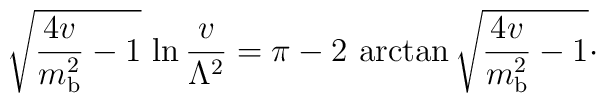
\sqrt{{4v\over m_{\rm b}^{2}} -1}\, \ln {v\over\Lambda^{2}} =\pi -2\, \arctan\sqrt{{4v\over m_{\rm b}^{2}} -1} \cdotp